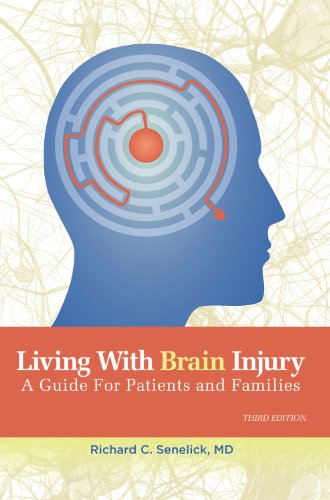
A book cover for Living With Brain Injury: A Guide for Patients and Families; Richard Charles Senelick  MD MD; Health, Fitness & Dieting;